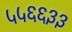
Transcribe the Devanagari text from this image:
५५६६३३